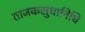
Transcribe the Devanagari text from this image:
ताजकसुधानिधि